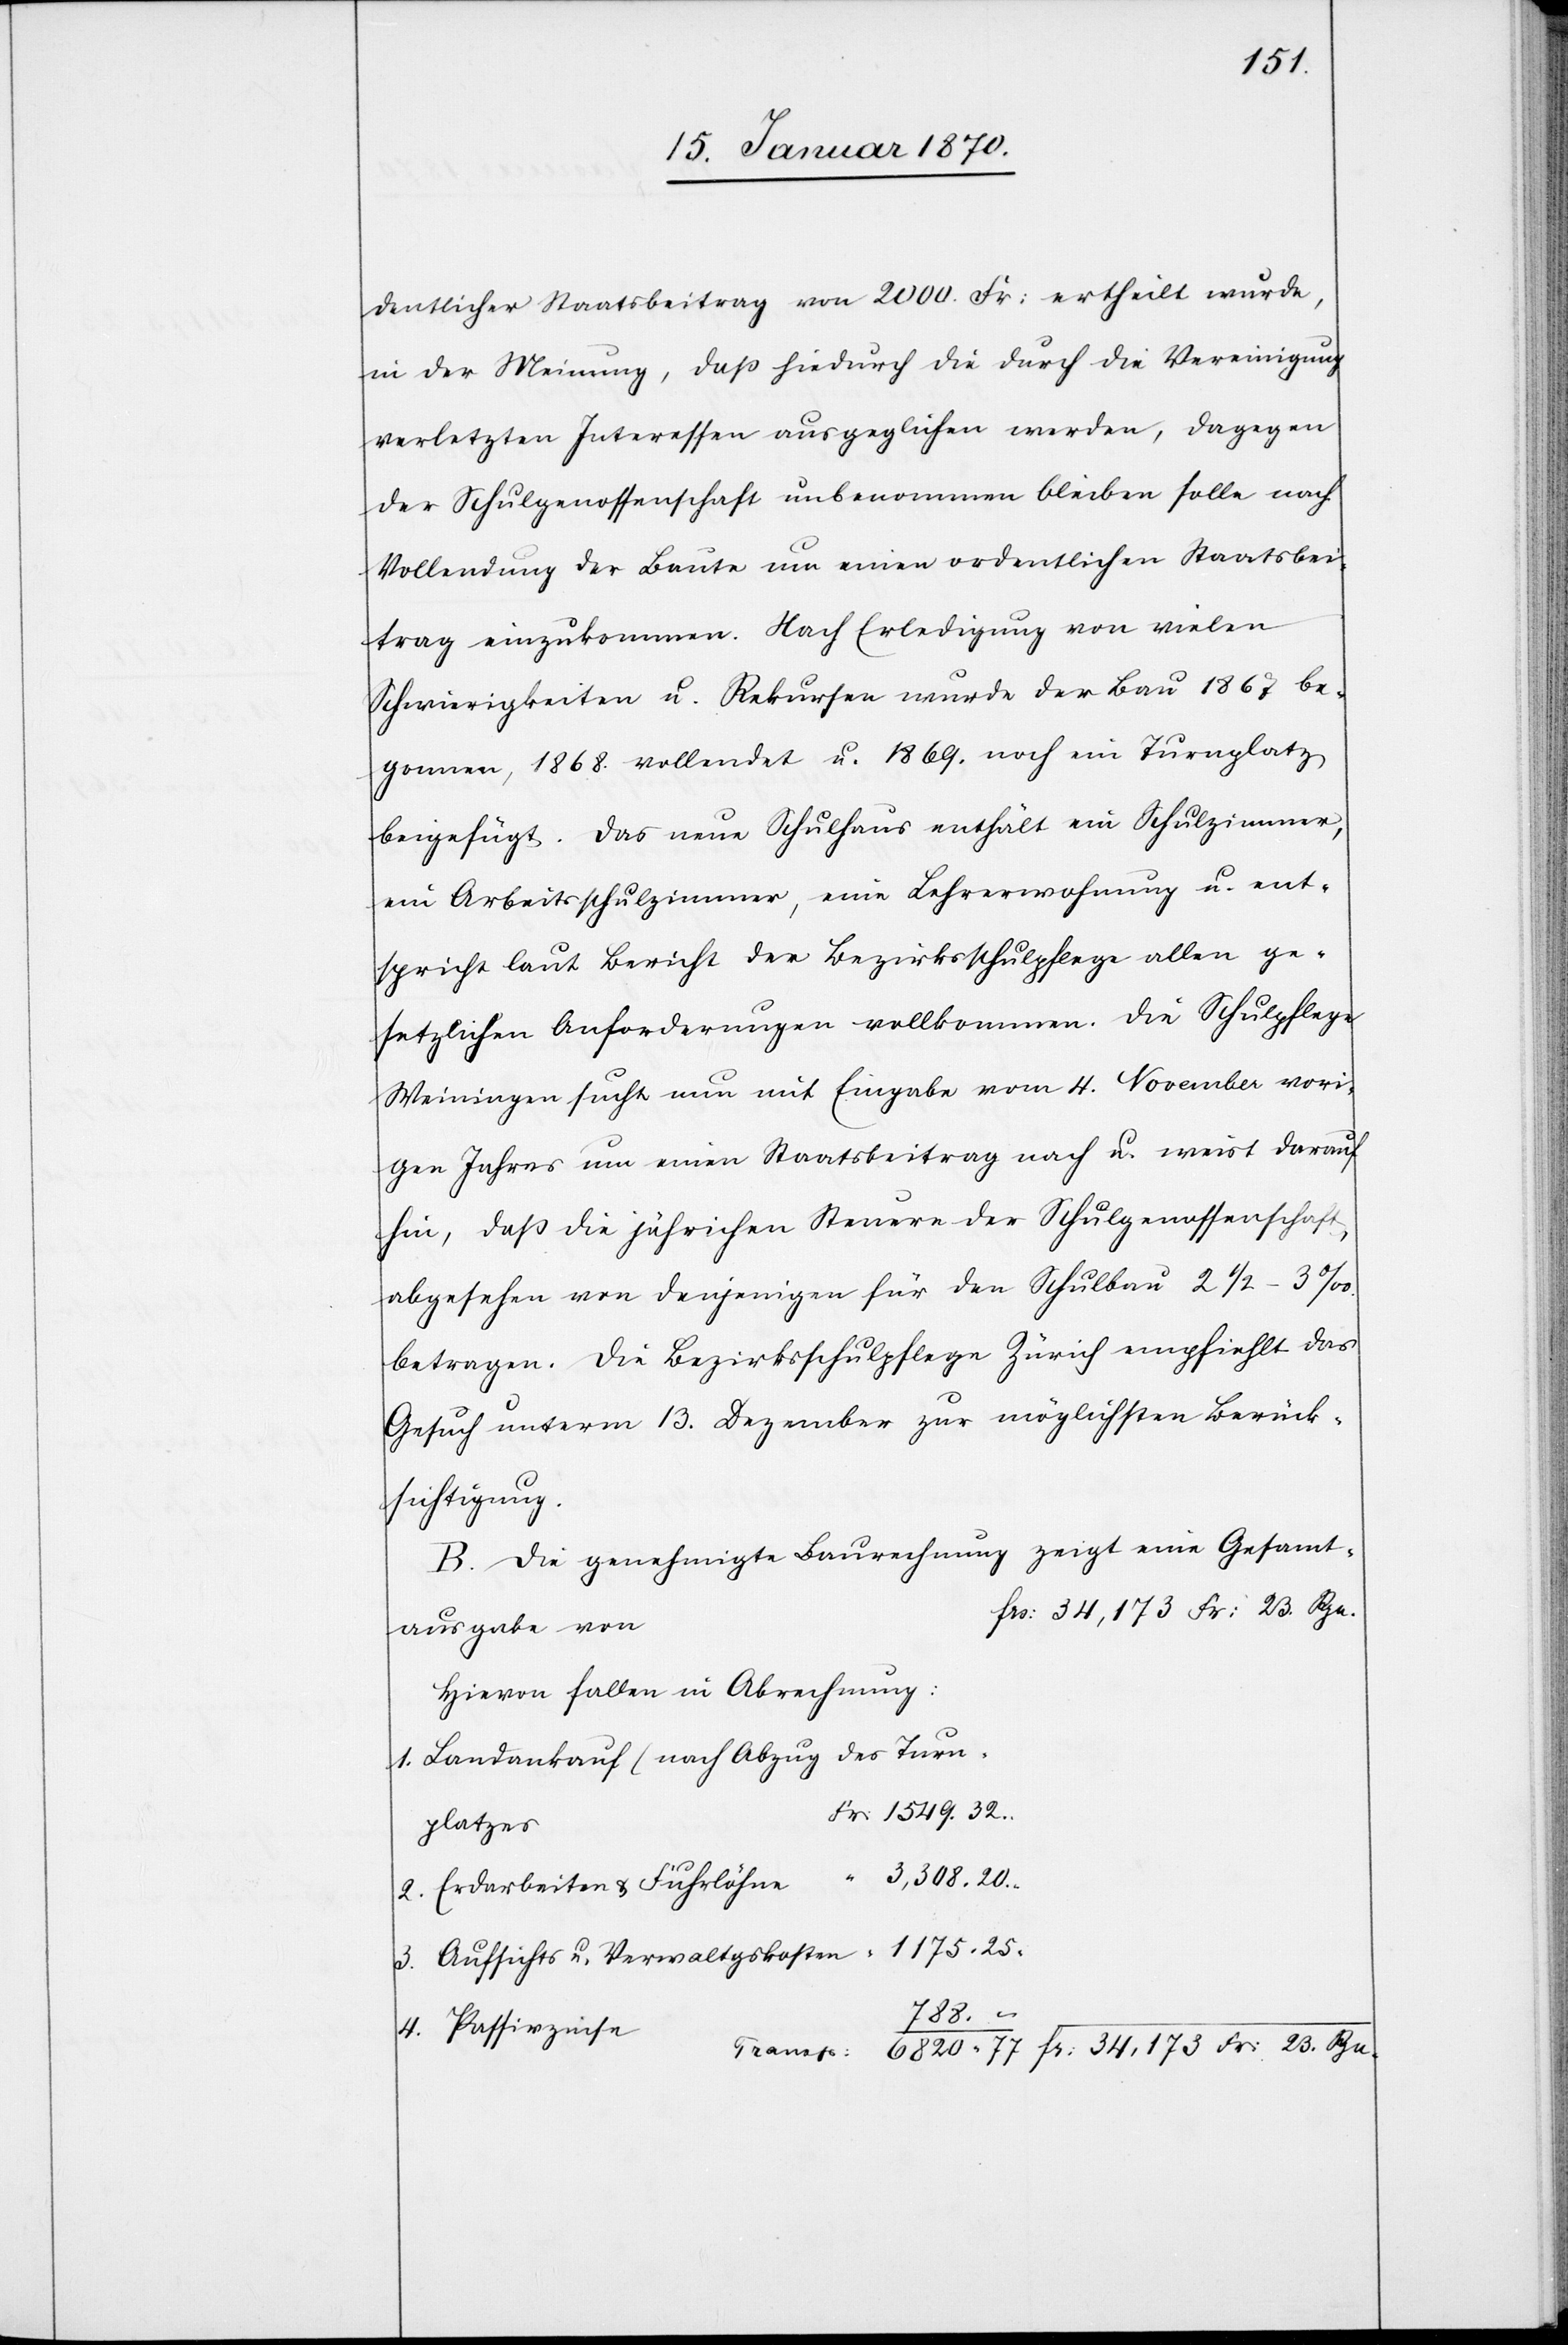
dentlicher Staatsbeitrag von 2000. Fr. ertheilt wurde,
in der Meinung, daß hiedurch die durch die Vereinigung
verletzten Interessen ausgeglichen werden, dagegen
der Schulgenossenschaft unbenommen bleiben solle nach
Vollendung der Baute um einen ordentlichen Staatsbei¬
trag einzukommen. Nach Erledigung von vielen
Schwierigkeiten u. Rekursen wurde der Bau 1867 be¬
gonnen, 1868. vollendet u. 1869. noch ein Turnplatz
beigefügt. Das neue Schulhaus enthält ein Schulzimmer,
ein Arbeitsschulzimmer, eine Lehrerwohnung u. ent¬
spricht laut Bericht der Bezirksschulpflege allen ge¬
setzlichen Anforderungen vollkommen. Die Schulpflege
Weiningen sucht nun mit Eingabe vom 4. November vori¬
gen Jahres um einen Staatsbeitrag nach u. weist darauf
hin, daß die jähr[l]ichen Steuern der Schulgenossenschaft,
abgesehen von denjenigen für den Schulbau 2 1/2–3‰.
betragen. Die Bezirksschulpflege Zürich empfiehlt das
Gesuch unterm 13. Dezember zur möglichsten Berück¬
sichtigung.
B. Die genehmigte Baurechnung zeigt eine Gesamt¬
frs. 34,173 Fr: 23 Rpn.
ausgabe von
Hievon fallen in Abrechnung:
1. Landankauf (nach Abzug des Turn¬
r. 1549.32.
platzes)	F¬
2. Erdarbeiten u. Fuhrlöhne		 “ 3,308.20.
3. Aufsichts- u. Verwaltgskosten		 “ . 1175.25.
788.–
4. Passivzinse